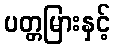
ပတ္တမြားနှင့်